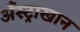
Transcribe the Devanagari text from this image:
अँस्ट्राखान